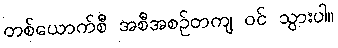
တစ်ယောက်စီ အစီအစဉ်တကျ ဝင် သွားပါ။